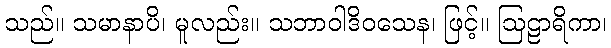
သည်။ သမာနာပိ၊ မူလည်း။ သဘာဝါဒိဝသေန၊ ဖြင့်။ ဩဠာရိကာ၊